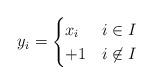
LaTeX: \begin{align*} y_i= \begin{cases} x_i&i\in I\\ +1&i\not\in I \end{cases} \end{align*}